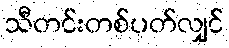
သီတင်းတစ်ပတ်လျှင်